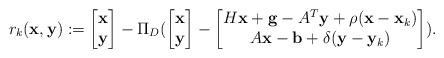
LaTeX: \begin{align*} r_k(\mathbf{x},\mathbf{y}):=\begin{bmatrix}\mathbf{x} \\\mathbf{y}\end{bmatrix} - \Pi_{D}(\begin{bmatrix}\mathbf{x} \\\mathbf{y}\end{bmatrix}- \begin{bmatrix}H\mathbf{x}+\mathbf{g}-A^T\mathbf{y} +\rho (\mathbf{x}-\mathbf{x}_k) \\A\mathbf{x}-\mathbf{b}+ \delta (\mathbf{y}-\mathbf{y}_k) \end{bmatrix}).\end{align*}